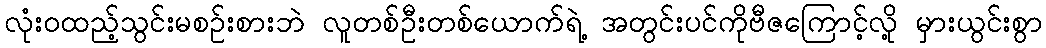
လုံးဝထည့်သွင်းမစဉ်းစားဘဲ လူတစ်ဦးတစ်ယောက်ရဲ့ အတွင်းပင်ကိုဗီဇကြောင့်လို့ မှားယွင်းစွာ